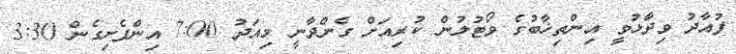
ފުއާދު ވިދާޅުވީ އިންތިޚާބުގެ ވޯޓުލުން ކުރިއަށް ގެންދާނީ މިއަދު 7:00 އިންފެށިގެން 3:30